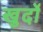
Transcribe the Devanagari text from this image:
खुर्दो